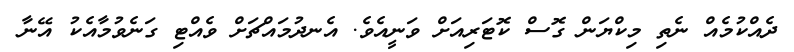
ދެއްކުމެއް ނެތި މިކްޔަން ގޮސް ކޮޓަރިއަށް ވަނީއެވެ. އެނދުމައްޗަށް ވެއްޓި ގަނެވުމާއެކު އޭނާ